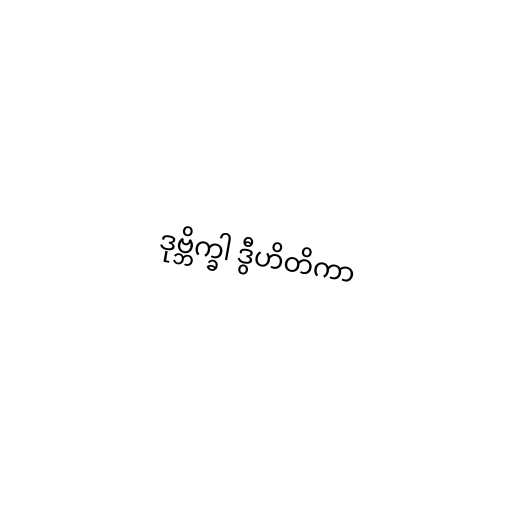
ဒုဗ္ဘိက္ခါ ဒွီဟိတိကာ